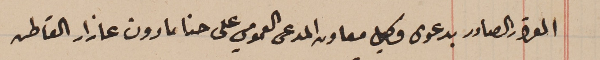
القرار الصادر بدعوى وكيل معاون المدعى العمومي على حنا مارون عازار القاطن